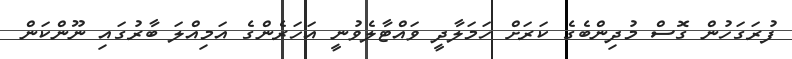
ފުރަގަހުން ގޮސް މުދިންބެގެ ކަރަށް ހަމަލާދީ ވައްޓާލެވުނީ އަހަރެންގެ އަމިއްލަ ބާރުގައި ނޫންކަން